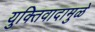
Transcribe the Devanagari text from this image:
युक्तिवादामुळे